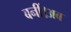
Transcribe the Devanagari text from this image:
बनीं।अब